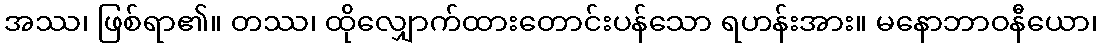
အဿ၊ ဖြစ်ရာ၏။ တဿ၊ ထိုလျှောက်ထားတောင်းပန်သော ရဟန်းအား။ မနောဘာဝနီယော၊